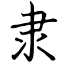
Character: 隶